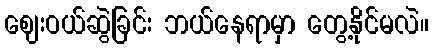
ဈေးဝယ်ဆွဲခြင်း ဘယ်နေရာမှာ တွေ့နိုင်မလဲ။